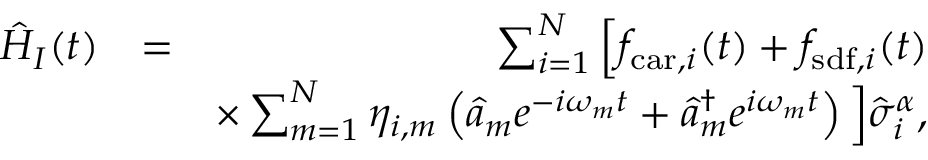
\begin{array} { r l r } { \hat { H } _ { I } ( t ) } & { = } & { \sum _ { i = 1 } ^ { N } \Big [ f _ { \mathrm { c a r } , i } ( t ) + f _ { \mathrm { s d f } , i } ( t ) } \\ & { } & { \times \sum _ { m = 1 } ^ { N } \eta _ { i , m } \left( \hat { a } _ { m } e ^ { - i \omega _ { m } t } + \hat { a } _ { m } ^ { \dag } e ^ { i \omega _ { m } t } \right) \Big ] \hat { \sigma } _ { i } ^ { \alpha } , } \end{array}